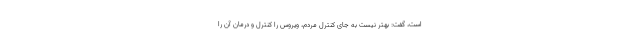
است، گفت: بهتر نیست به جای کنترل مردم، ویروس را کنترل و درمان آن را